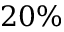
2 0 \%